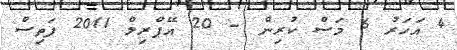
4 އަހަރު 6 މަސް ކުރިން - 20 އޭޕްރިލް 2011 ފަތިސް